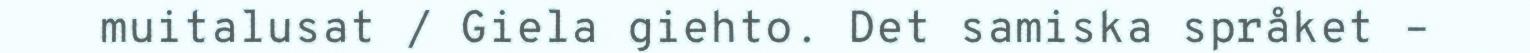
muitalusat / Giela giehto. Det samiska språket –